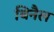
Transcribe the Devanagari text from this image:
बिनैल